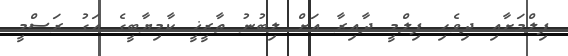
ފިލްމަށާއި ދިވެހި ފިލްމީ ދާއިރާ އަށް ލިބުނު ތާރީޚީ ކާމިޔާބީގެ އަގު ރަސްމީ